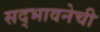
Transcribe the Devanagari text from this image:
सद्भावनेची